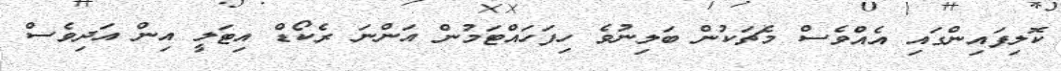
ކޮލިފައިންގައި އެއްވެސް މެޗަކުން ބަލިނުވެ ހިފަހައްޓަމުން އަންނަ ރެކޯޑް އިޓަލީ އިން އަދިވެސް